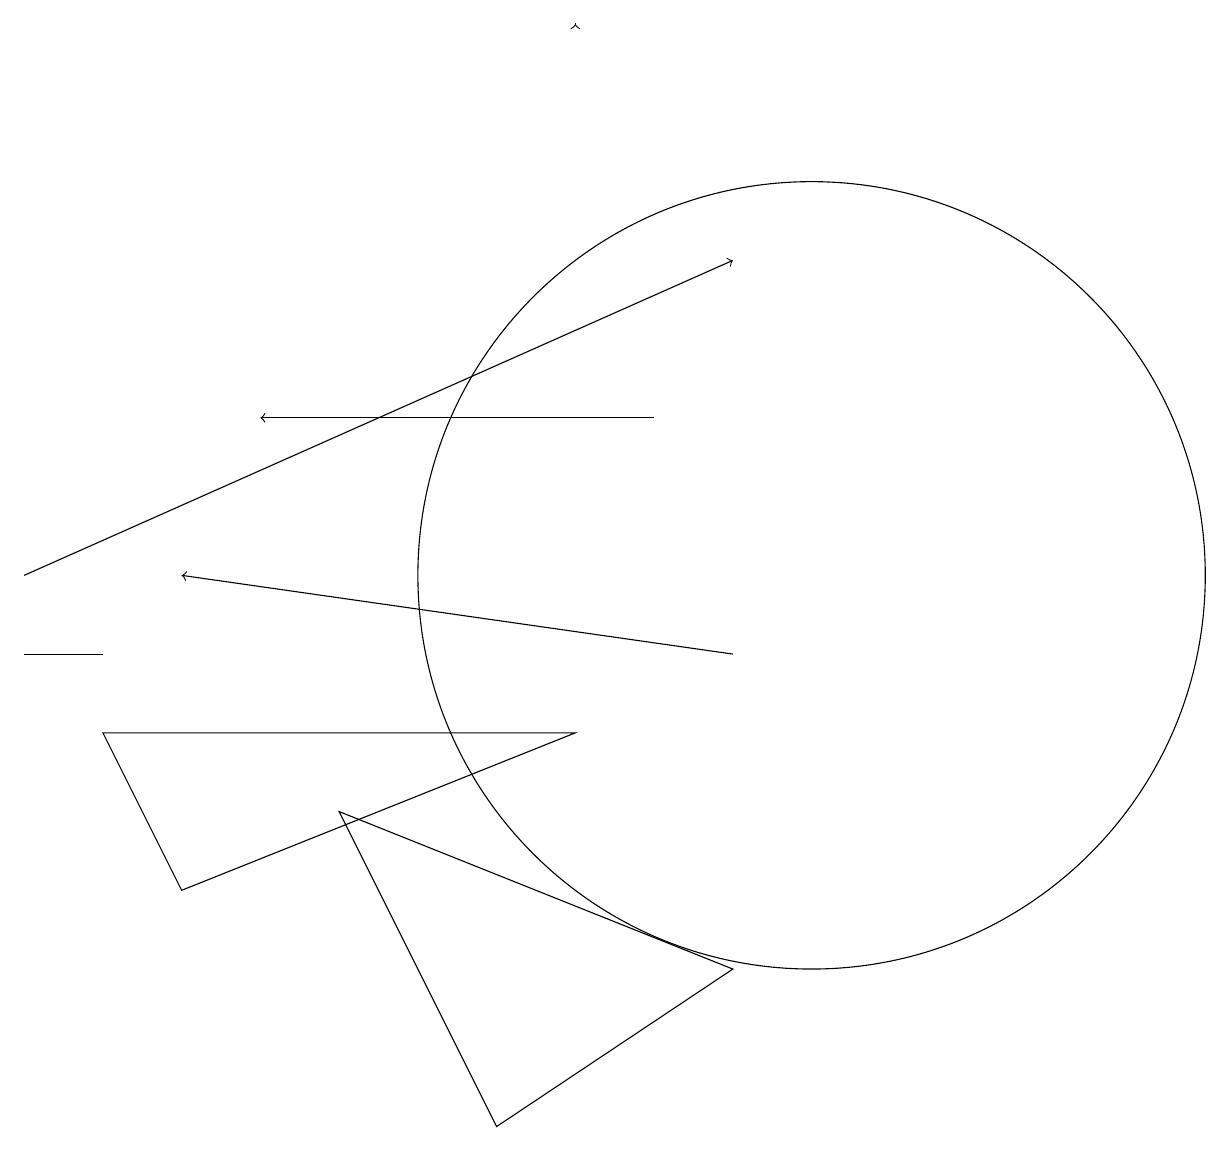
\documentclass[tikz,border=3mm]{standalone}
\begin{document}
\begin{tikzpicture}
\draw[->] (9,10) -- (2,11);
\draw[->] (8,13) -- (3,13);
\draw (2,7) -- (7,9) -- (1,9) -- cycle;
\draw[->] (0,11) -- (9,15);
\draw (6,4) -- (4,8) -- (9,6) -- cycle;
\draw[->] (7,18) -- (7,18);
\draw (10,11) circle (5);
\draw (0,10) rectangle (1,10);
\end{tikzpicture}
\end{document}